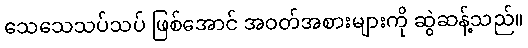
သေသေသပ်သပ် ဖြစ်အောင် အဝတ်အစားများကို ဆွဲဆန့်သည်။